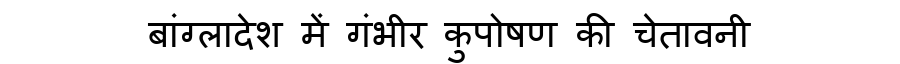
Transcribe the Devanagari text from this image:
बांग्लादेश में गंभीर कुपोषण की चेतावनी